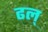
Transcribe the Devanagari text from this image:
ढल्